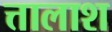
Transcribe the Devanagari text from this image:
त्तालाश